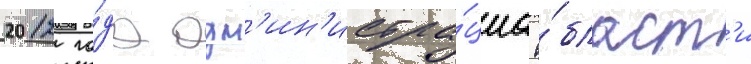
2012 го́да адм'ин'истра́циа о́бласт'и